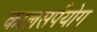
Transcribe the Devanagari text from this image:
कालसर्पयोग